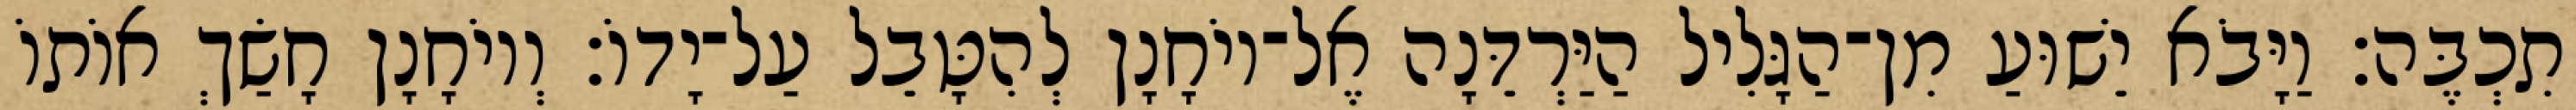
תִכְבֶּה׃ וַיָּבֹא יֵשׁוּעַ מִן־הַגָּלִיל הַיַּרְדֵּנָה אֶל־יוֹחָנָן לְהִטָּבֵל עַל־יָדוֹ׃ וְיוֹחָנָן חָשַׂךְ אוֹתוֹ